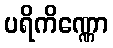
ပရိကိဏ္ဏော